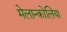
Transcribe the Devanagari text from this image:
मेलान्कोलिया